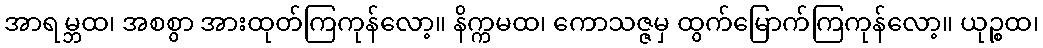
အာရမ္ဘထ၊ အစစွာ အားထုတ်ကြကုန်လော့။ နိက္ကမထ၊ ကောသဇ္ဇမှ ထွက်မြောက်ကြကုန်လော့။ ယုဉ္စထ၊